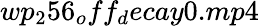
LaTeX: wp_{2}56_{o}ff_{d}ecay0.mp4